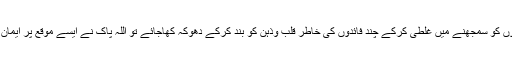
ایک مومن کفر کی باریکیوں کو سمجھنے میں غلطی کرکے چند فائدوں کی خاطر قلب وذہن کو بند کرکے دھوکہ کھاجائے تو اللہ پاک نے ایسے موقع پر ایمان والوں کو وارننگ دی ہے۔